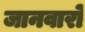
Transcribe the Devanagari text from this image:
जानवारो